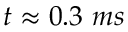
t \approx 0 . 3 ~ m s